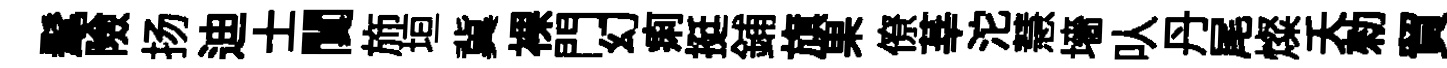
髦險扬迪士闃斾垣冀裸門幻痢挺鋪旗果僚莘沱慧墻㕥丹尾燦夭勑貿